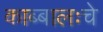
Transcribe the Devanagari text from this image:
काब्बालःचे